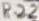
Text: R22